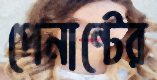
পেনান্টের